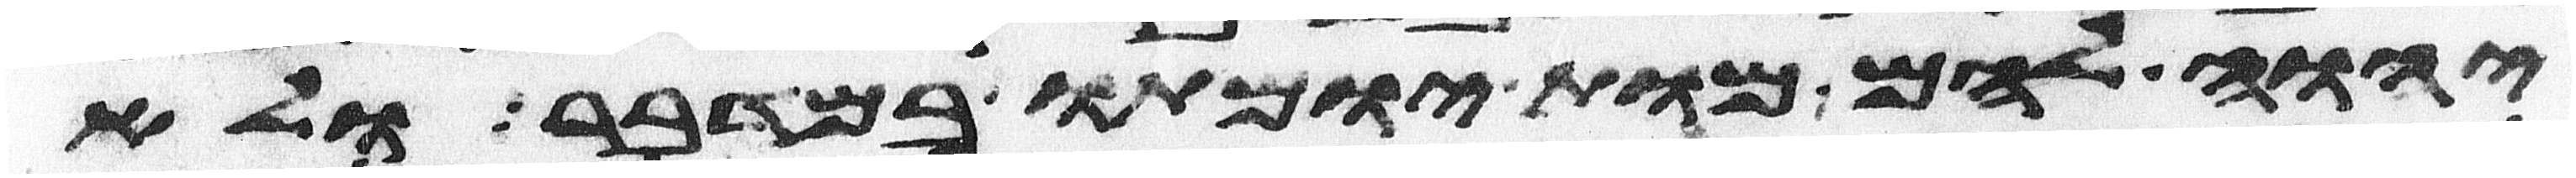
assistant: יהוה להם מות ימותו במדבר ולא